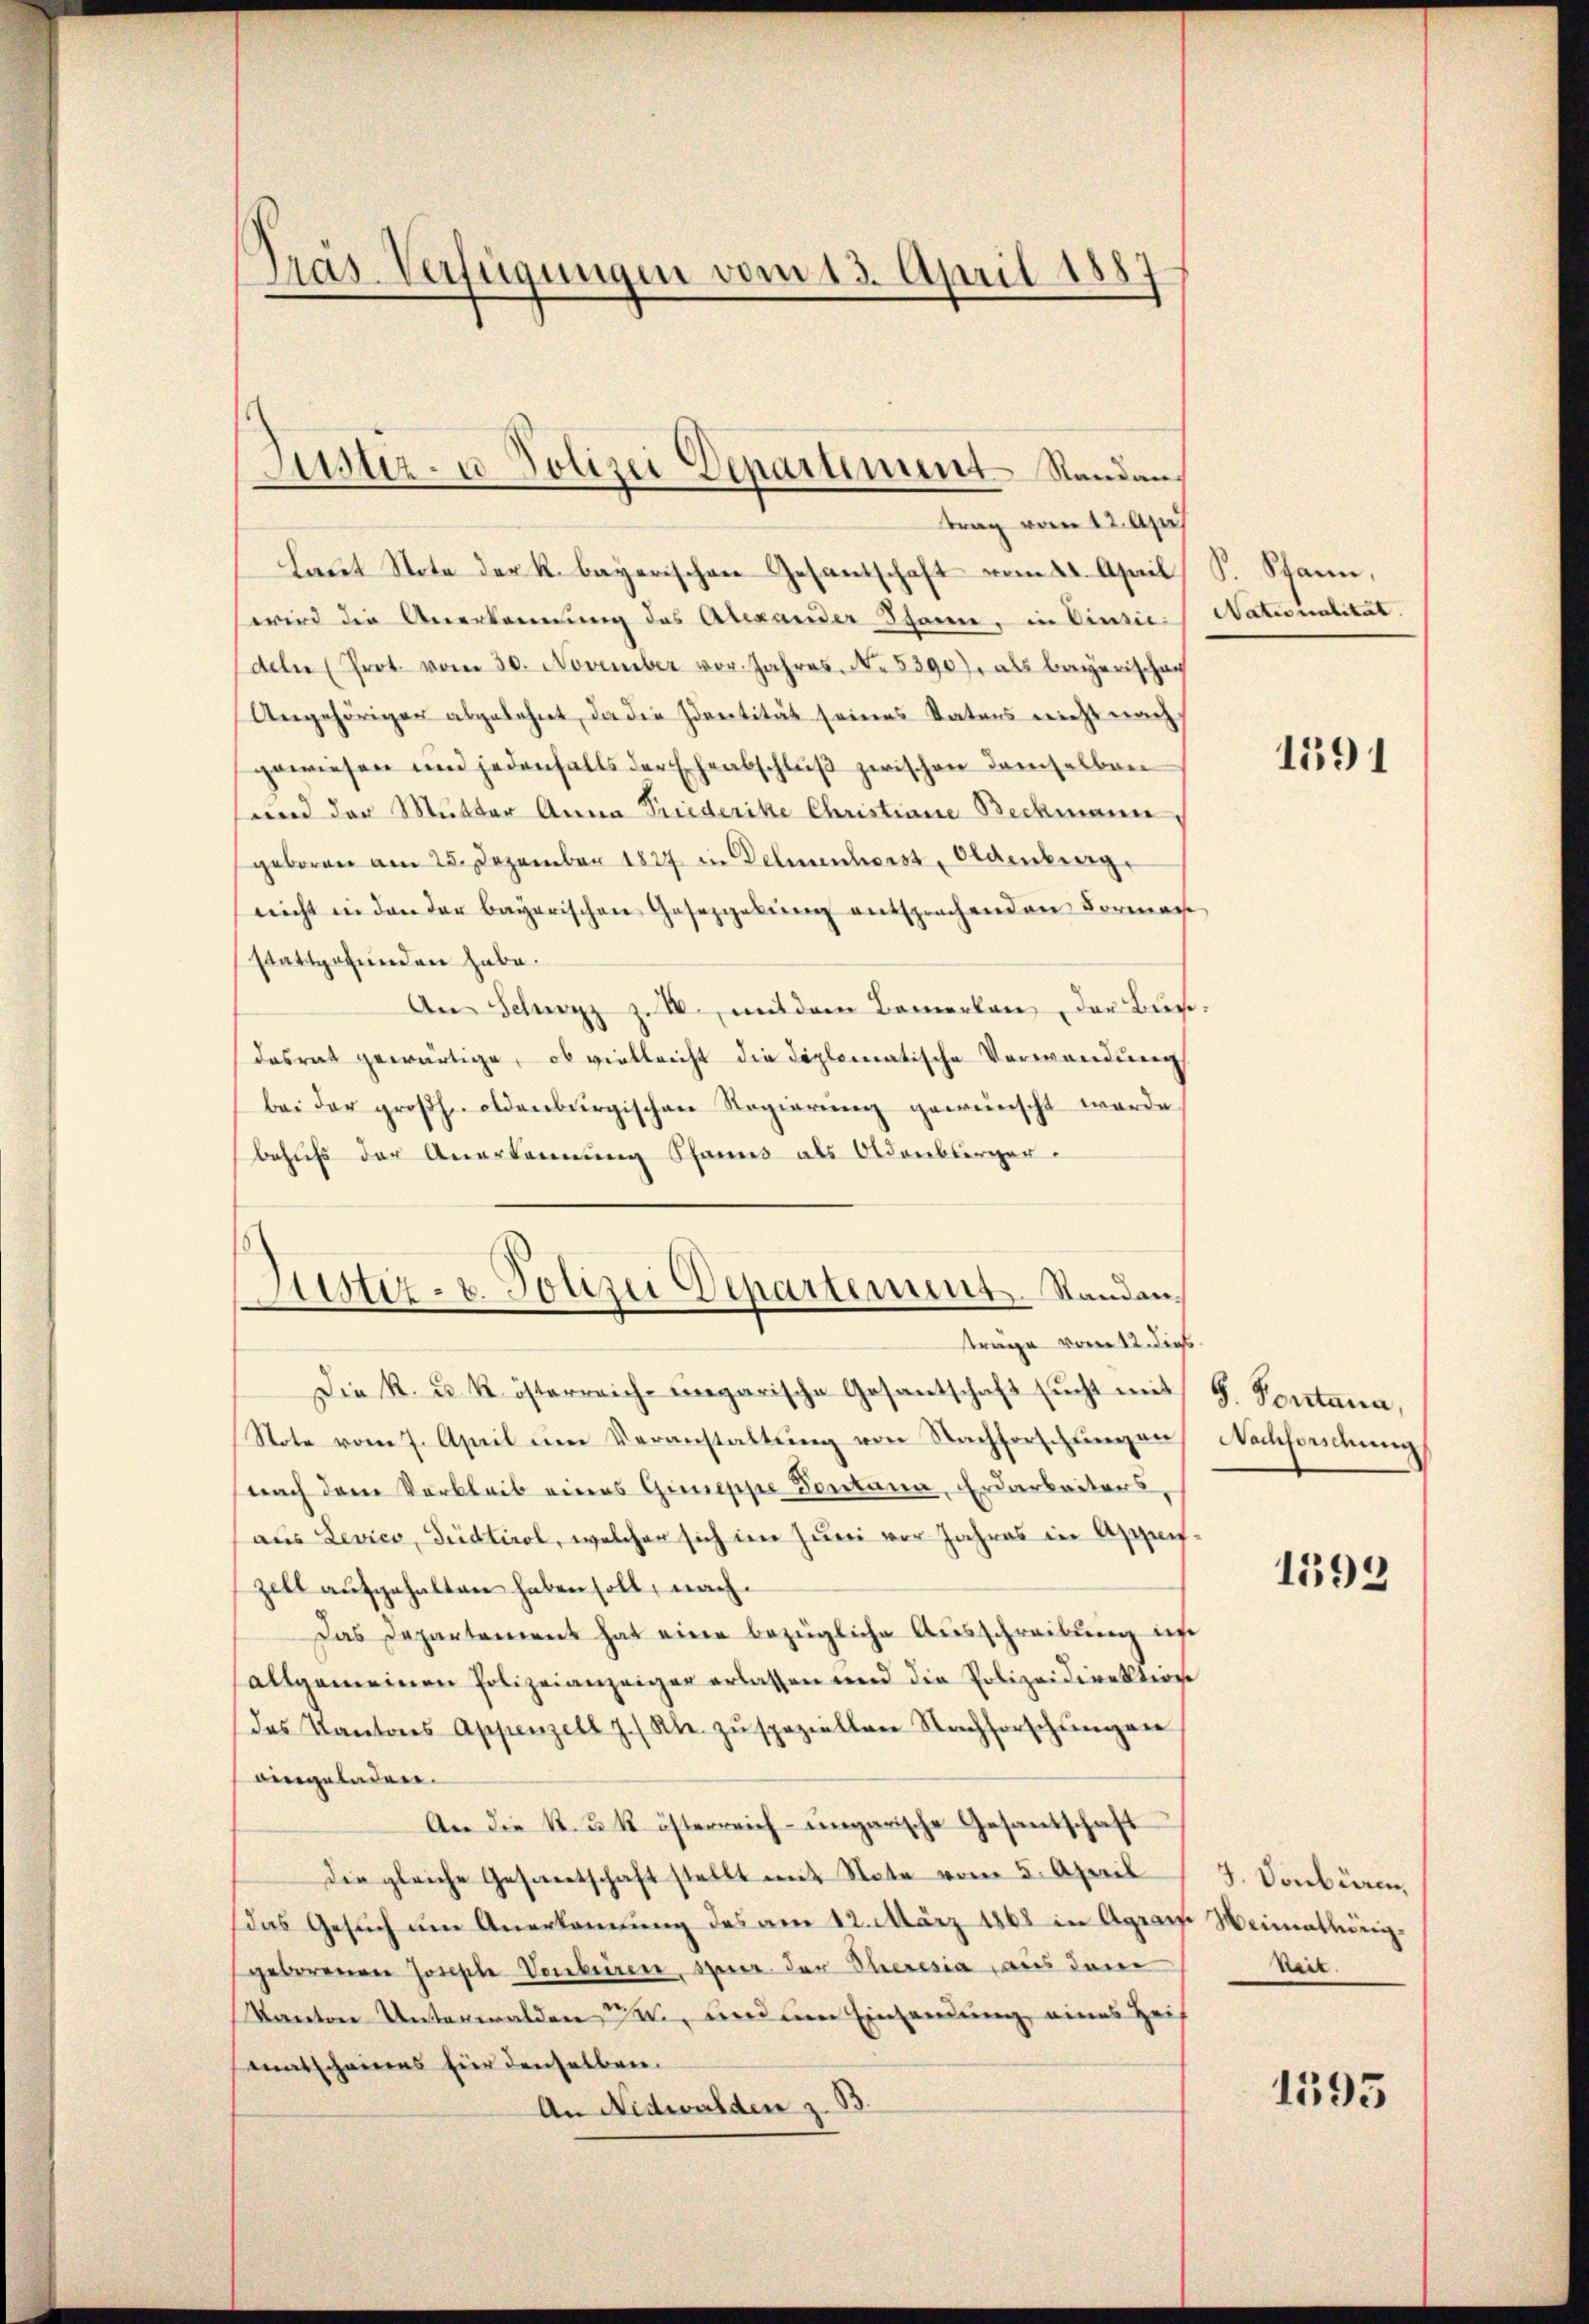
Prás-Verfügungen vom 13. April 1887

Laŭt Note der R. bayerischen Gesantschaft vom 24. April
wird die Anerkennung des Alexander Schanne, in Einsic
deln (Prot. vom 30. November vor. Jahres. No. 53907 als Bayerischen
Angehöriger abgelehnt, da die Identität seines Vaters nicht nach
gewiesen und jedenfalls der Eheabschluß zwischen demselben
und der Mutter Anna Friederike Christiane Beckmann,
geboren am 25. Dezember 1827 in Dehnenhorst, Oldenberg.
nicht in den der bayerischen Gesetzgebung entsprechenden Formache
stattgefunden habe.
An Schwyz z. B., mit dem Bemerlan der Bur
Dasrat gewärtige, ob vielleicht die diplomatische Verwandung
bei der groβhaldenburgischen Regierŭng gewünscht werde
behufs der Anerkennung Pfanns als Oldenberger.
Die K. u. k. österreich-ungarische Gesantschaft sucht mit
Stote vom 7. April im Veranstattŭng von Nachforschŭngen
nach dem Verbleib eines Gimeppe Sontana, Erdarbeiters,
aus Levico, Südtirol, welcher sich im Juni vor Jahres in Agnif.
zell aufgehalten haben soll, nach
Das Departement hat eine bezügliche Ausschreibung is
allgemeinen Polizeianzeiger erlassen und die Polizeidirektion
das Kantons Appenzell z. (Re. zŭ speziellen Nachforschŭngen
eingeladen.
An die K. u. k. österreich-ungarische Gesandschaft
die gleiche Gesandtschaft stellt mit Note vom 5. April
das Gesuch um Anerkennung des am 12. März 1868 in Agram Weimathung.
geborenen Josephe Vorbeiren, spener den Theresia, aus dem
Kanton Unterwalden sei, und um Einsamung eines Heil
matscheines für denselben.
An Nidwalden z. B.

Lister- u Polizei Departement Standantrag vom 12. Apr

Justiz- u. Polizei Departement. Standansträge vom 12. dies

S. Schann,
Nationalität.

1591

S. Pontana,
Nachfordung

1592

3. Vonbüren.
beit.

1595